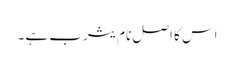
اس کا اصل نام یثرب ہے ۔